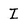
Character: I